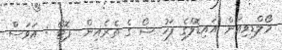
މޯލްޑިވިއަން އައިޑޮލްގެ ފަހު ޝޯ ގެ ތެރެއިން  ފޮޓޯ : އަވަސް